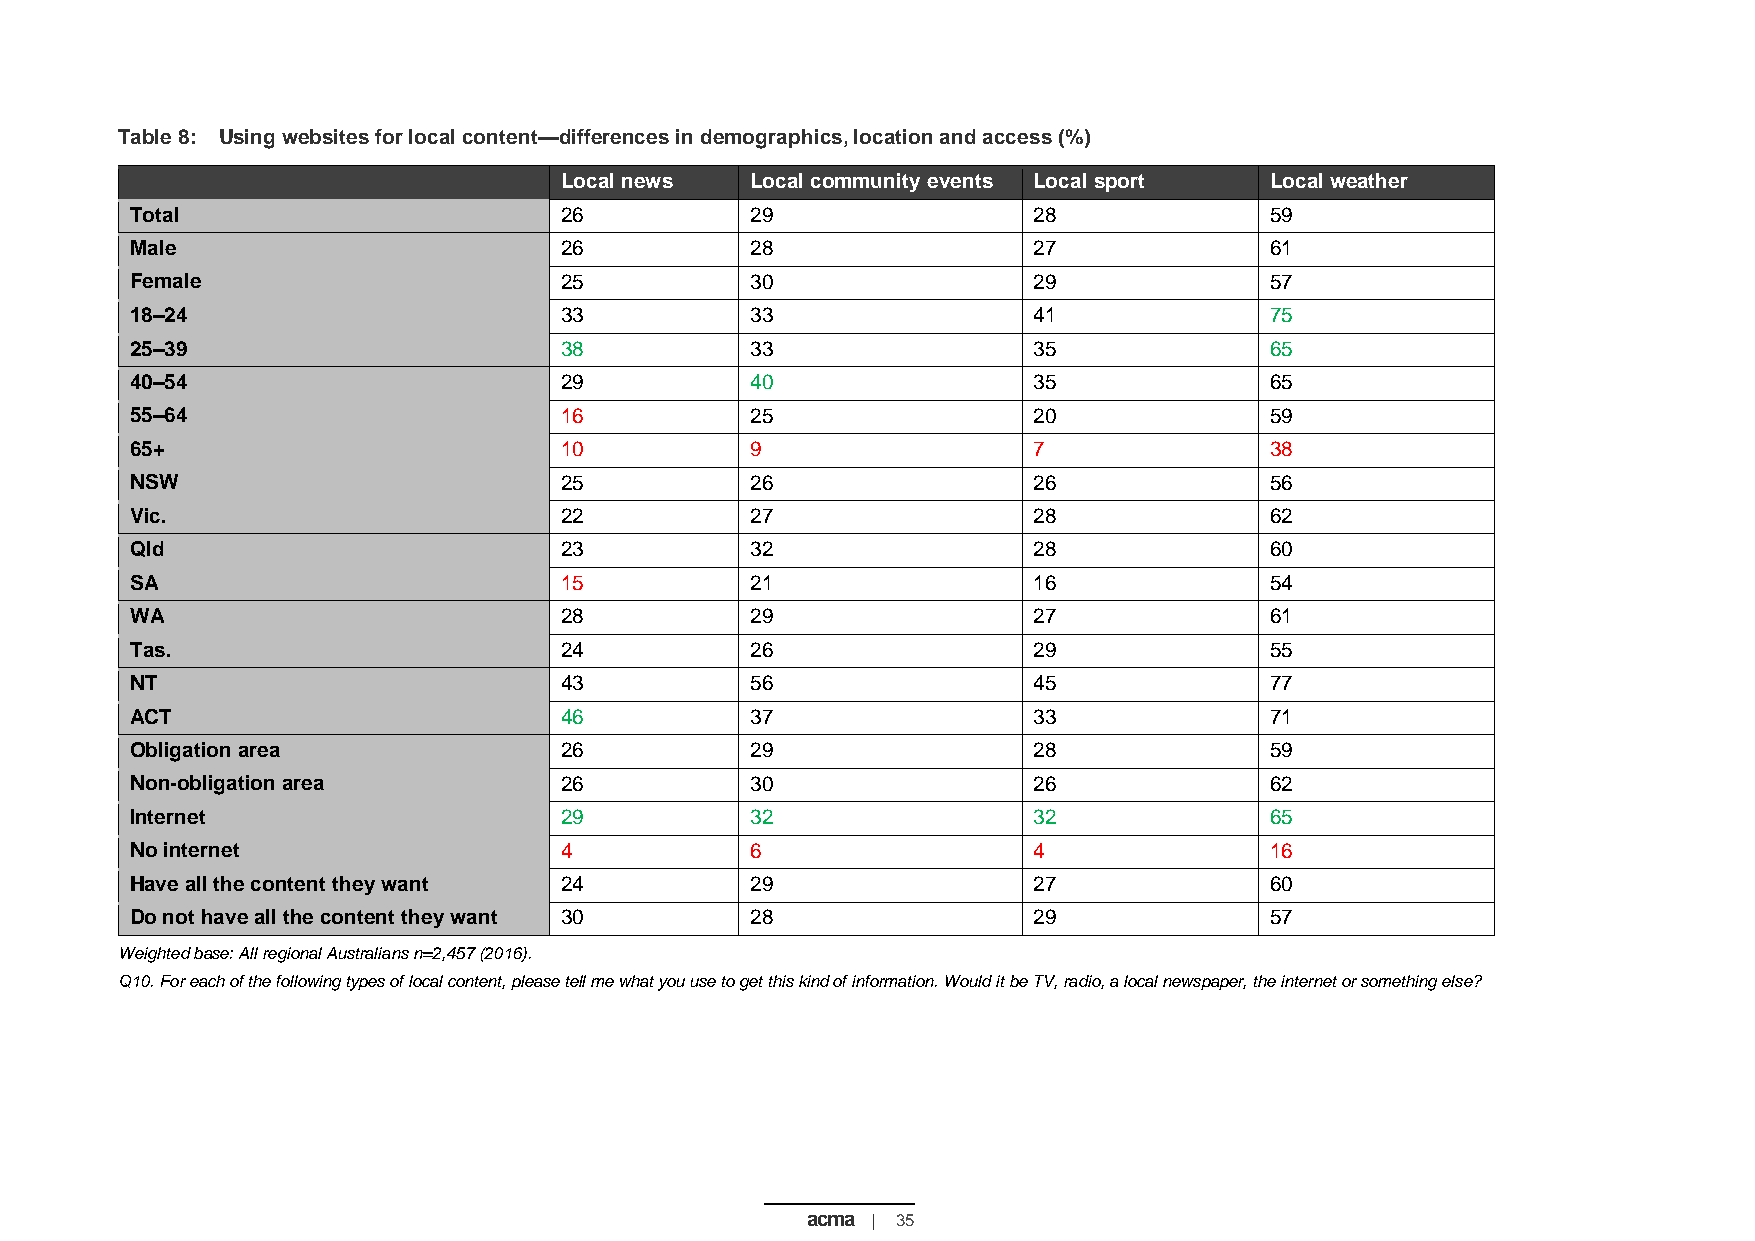
Table 8: Using websites for local content—differences in demographics, location and access (%)
 Local news   Local community events Local sport Local weather
 Total                       26           29                28              59
 Male                        26           28                27              61
 Female                      25           30                29              57
 18–24                       33           33                41              75
 25–39                       38           33                35              65
 40–54                       29           40                35              65
 55–64                       16           25                20              59
 65+                         10           9                 7               38
 NSW                         25           26                26              56
 Vic.                        22           27                28              62
 Qld                         23           32                28              60
 SA                          15           21                16              54
 WA                          28           29                27              61
 Tas.                        24           26                29              55
 NT                          43           56                45              77
 ACT                         46           37                33              71
 Obligation area             26           29                28              59
 Non-obligation area         26           30                26              62
 Internet                    29           32                32              65
 No internet                 4            6                 4               16
 Have all the content they want 24        29                27              60
 Do not have all the content they want 30 28                29              57
 Weighted base: All regional Australians n=2,457 (2016).
 Q10. For each of the following types of local content, please tell me what you use to get this kind of information. Would it be TV, radio, a local newspaper, the internet or something else?
 acma | 35